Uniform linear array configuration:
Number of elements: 32
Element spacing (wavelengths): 0.75
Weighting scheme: kaiser
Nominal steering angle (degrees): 60
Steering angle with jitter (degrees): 59.987
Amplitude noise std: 0.05
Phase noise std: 0.05

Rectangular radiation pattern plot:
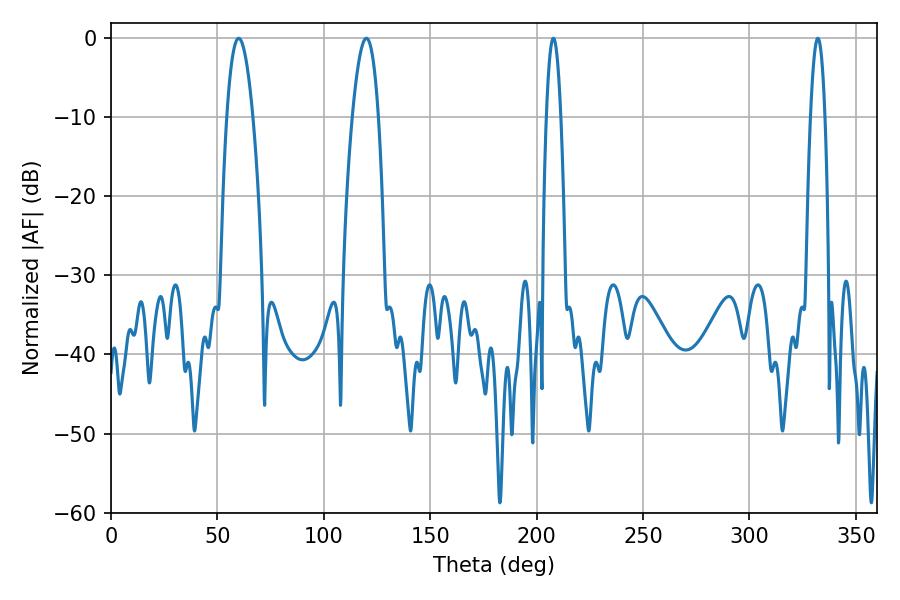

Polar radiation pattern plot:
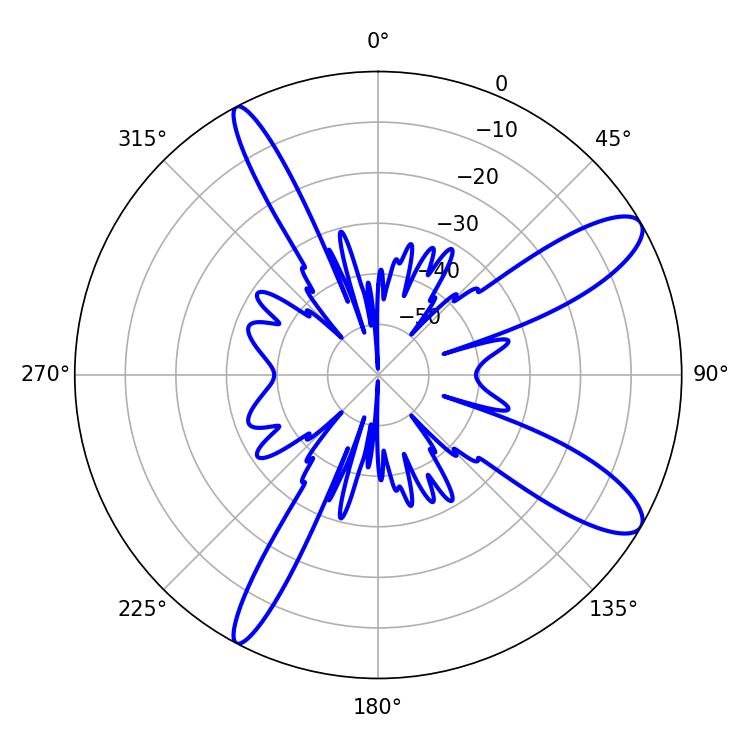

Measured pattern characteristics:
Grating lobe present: TRUE
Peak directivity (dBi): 11.152
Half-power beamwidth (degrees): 6.66
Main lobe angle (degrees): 59.94